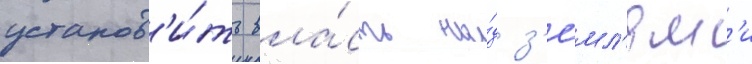
установ'и́ть вла́сть на́д з'е́мл'ям'и